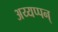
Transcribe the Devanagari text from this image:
अय्यप्पन्